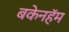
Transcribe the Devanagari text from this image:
बकेनहॅम